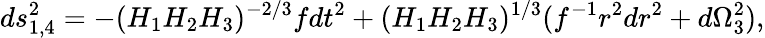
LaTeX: ds_{1,4}^{2}=-(H_{1}H_{2}H_{3})^{-2/3}fdt^{2}+(H_{1}H_{2}H_{3})^{1/3}(f^{-1}r^{2}dr^{2}+d\Omega_{3}^{2}),